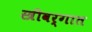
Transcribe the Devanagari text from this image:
स्त्रीवर्गात